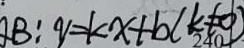
A B : y = k x + b ( k \neq 0 )